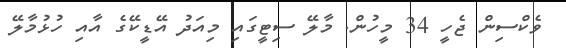
ވެކްސިން ޖެހީ 34 މީހުން. މާލޭ ސިޓީގައި މިއަދު އޭޑީކޭގެ އާއި ހުޅުމާލޭ